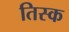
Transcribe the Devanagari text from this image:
तिस्क